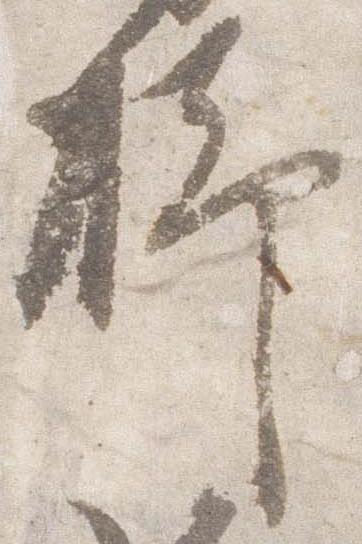
脚